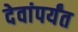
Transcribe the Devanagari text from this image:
देवांपर्यंत